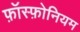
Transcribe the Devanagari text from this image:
फ़ॉस्फ़ोनियम